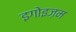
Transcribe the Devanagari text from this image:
इगोइज़म